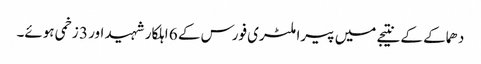
دھماکے کے نتیجے میں پیرا ملٹری فورس کے 6 اہلکار شہید اور 3 زخمی ہوئے۔